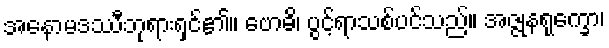
အနောမဒဿီဘုရားရှင်၏။ ဗောဓိ၊ ပွင့်ရာသစ်ပင်သည်။ အဇ္ဇုနရုက္ခော၊